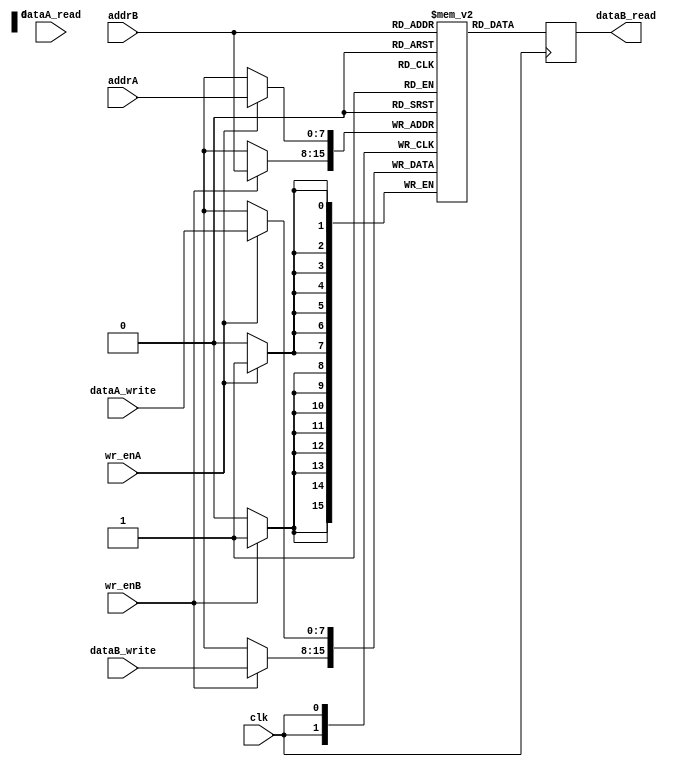
module dual_port_register_file (
    input clk,
    input [7:0] addrA,
    input [7:0] dataA_read,
    input wr_enA,
    input [7:0] dataA_write,
    input [7:0] addrB,
    output reg [7:0] dataB_read,
    input wr_enB,
    input [7:0] dataB_write
);

reg [7:0] registers [0:255];

always @(posedge clk) begin
    if (wr_enA)
        registers[addrA] <= dataA_write;
    
    dataB_read <= registers[addrB];
    
    if (wr_enB)
        registers[addrB] <= dataB_write;
end

endmodule